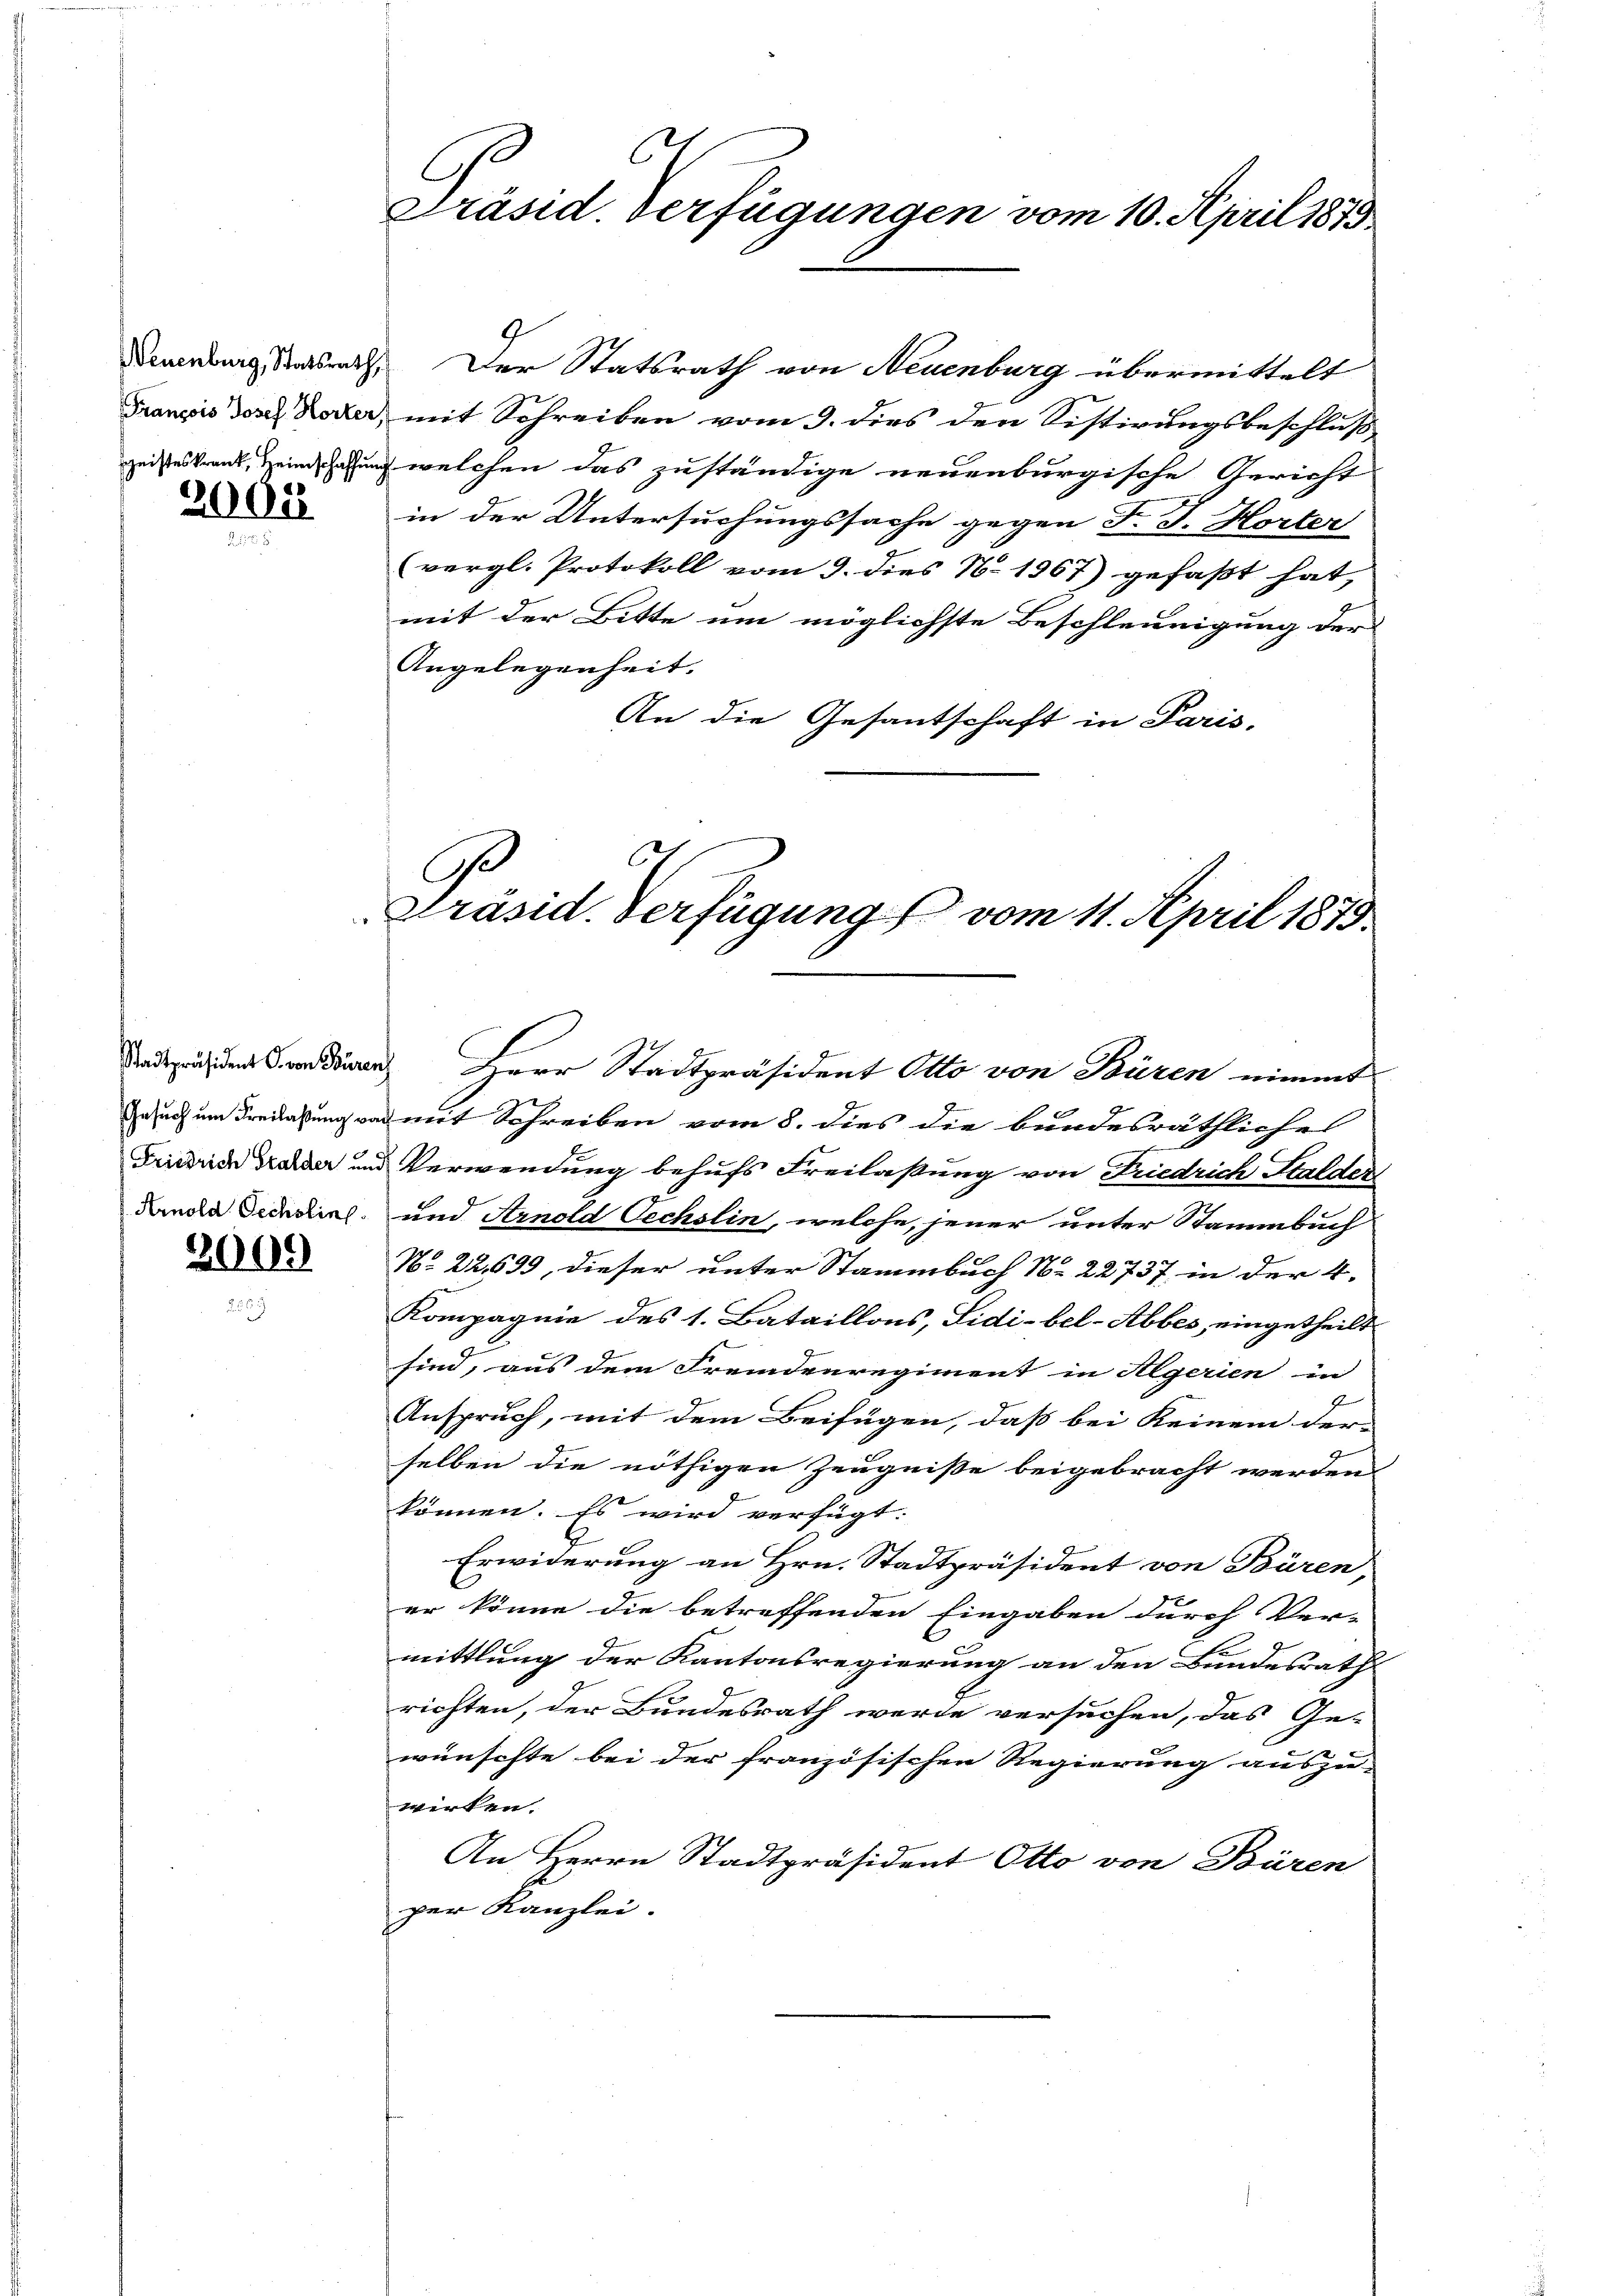
2008

2000

Präsid. Verfügungen vom 10. April 1873.

C
G.
Präsid. Verfügung vom 11. April 1873.

Neuenburg Staatsrath. Der Statsrath von Neuenburg übermittelt
Franzis des Leer, mit Schreiben vom 9. dies den Sistirungsbeschluß
zeisteskrank, Heindsehung welchen das zuständige neuenburgische Gericht
in der Untersuchungssache gegen F. J. Horter
(vergl. Protokoll vom 9. dies N. 1967) gefaßt hat,
mit der Bitte um möglichste Beschleunigung der
Angelegenheit.
An die Gesantschaft in Paris.

Andspräsiden Candiren Herr Stadtpräsident Otto von Büren nimmt
Gesuch um Freilassung von mit Schreiben vom 8. dies die bundesräthliches
Friedrich aber und Verwendung behufs Freilassung von Friedrich Stalder
Landa Sedudel und Arnold Oechslin, welche, jener unter Stammbuch
No 22699, dieser unter Stammbuch No 22737 in der 4.
Kompagnie des 1. Bataillons, Lidi-bel-Abbes, eingetheilt
sind, aus dem Fremdenregiment in Algerien in
Anspruch, mit dem Beifügen, daß bei Keinem der
selben die nöthigen Zeugnisse beigebracht werden
können. Es wird verfügt:
Erwiderung an Hrn. Stadtpräsident von Bären,
er könne die betreffenden Eingaben durch Ver-
mittlung der Kantonsregierung an den Bundesrath
richten, der Bundesrath werde versuchen, das Ge-
wünschte bei der französischen Regierung auszu-
wirken.
An Herrn Stadtpräsident Otto von Bären
per Kanzlei.